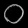
Digit: ၀